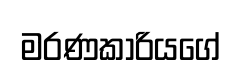
මරණකාරියගේ